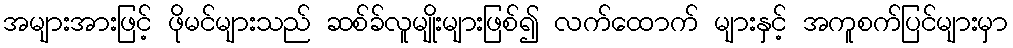
အများအားဖြင့် ဖိုမင်များသည် ဆစ်ခ်လူမျိုးများဖြစ်၍ လက်ထောက် များနှင့် အကူစက်ပြင်များမှာ